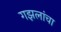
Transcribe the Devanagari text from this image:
गझलांचा